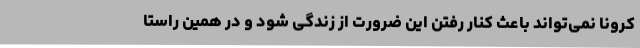
کرونا نمی‌تواند باعث کنار رفتن این ضرورت از زندگی شود و در همین راستا